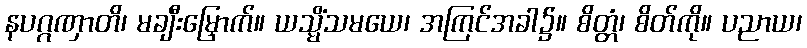
နပဂ္ဂဏှာတိ၊ မချီးမြှောက်။ ယသ္မိံသမယေ၊ အကြင်အခါ၌။ စိတ္တံ၊ စိတ်ကို။ ပညာယ၊